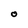
Character: 0